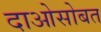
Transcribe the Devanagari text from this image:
दाओसोबत